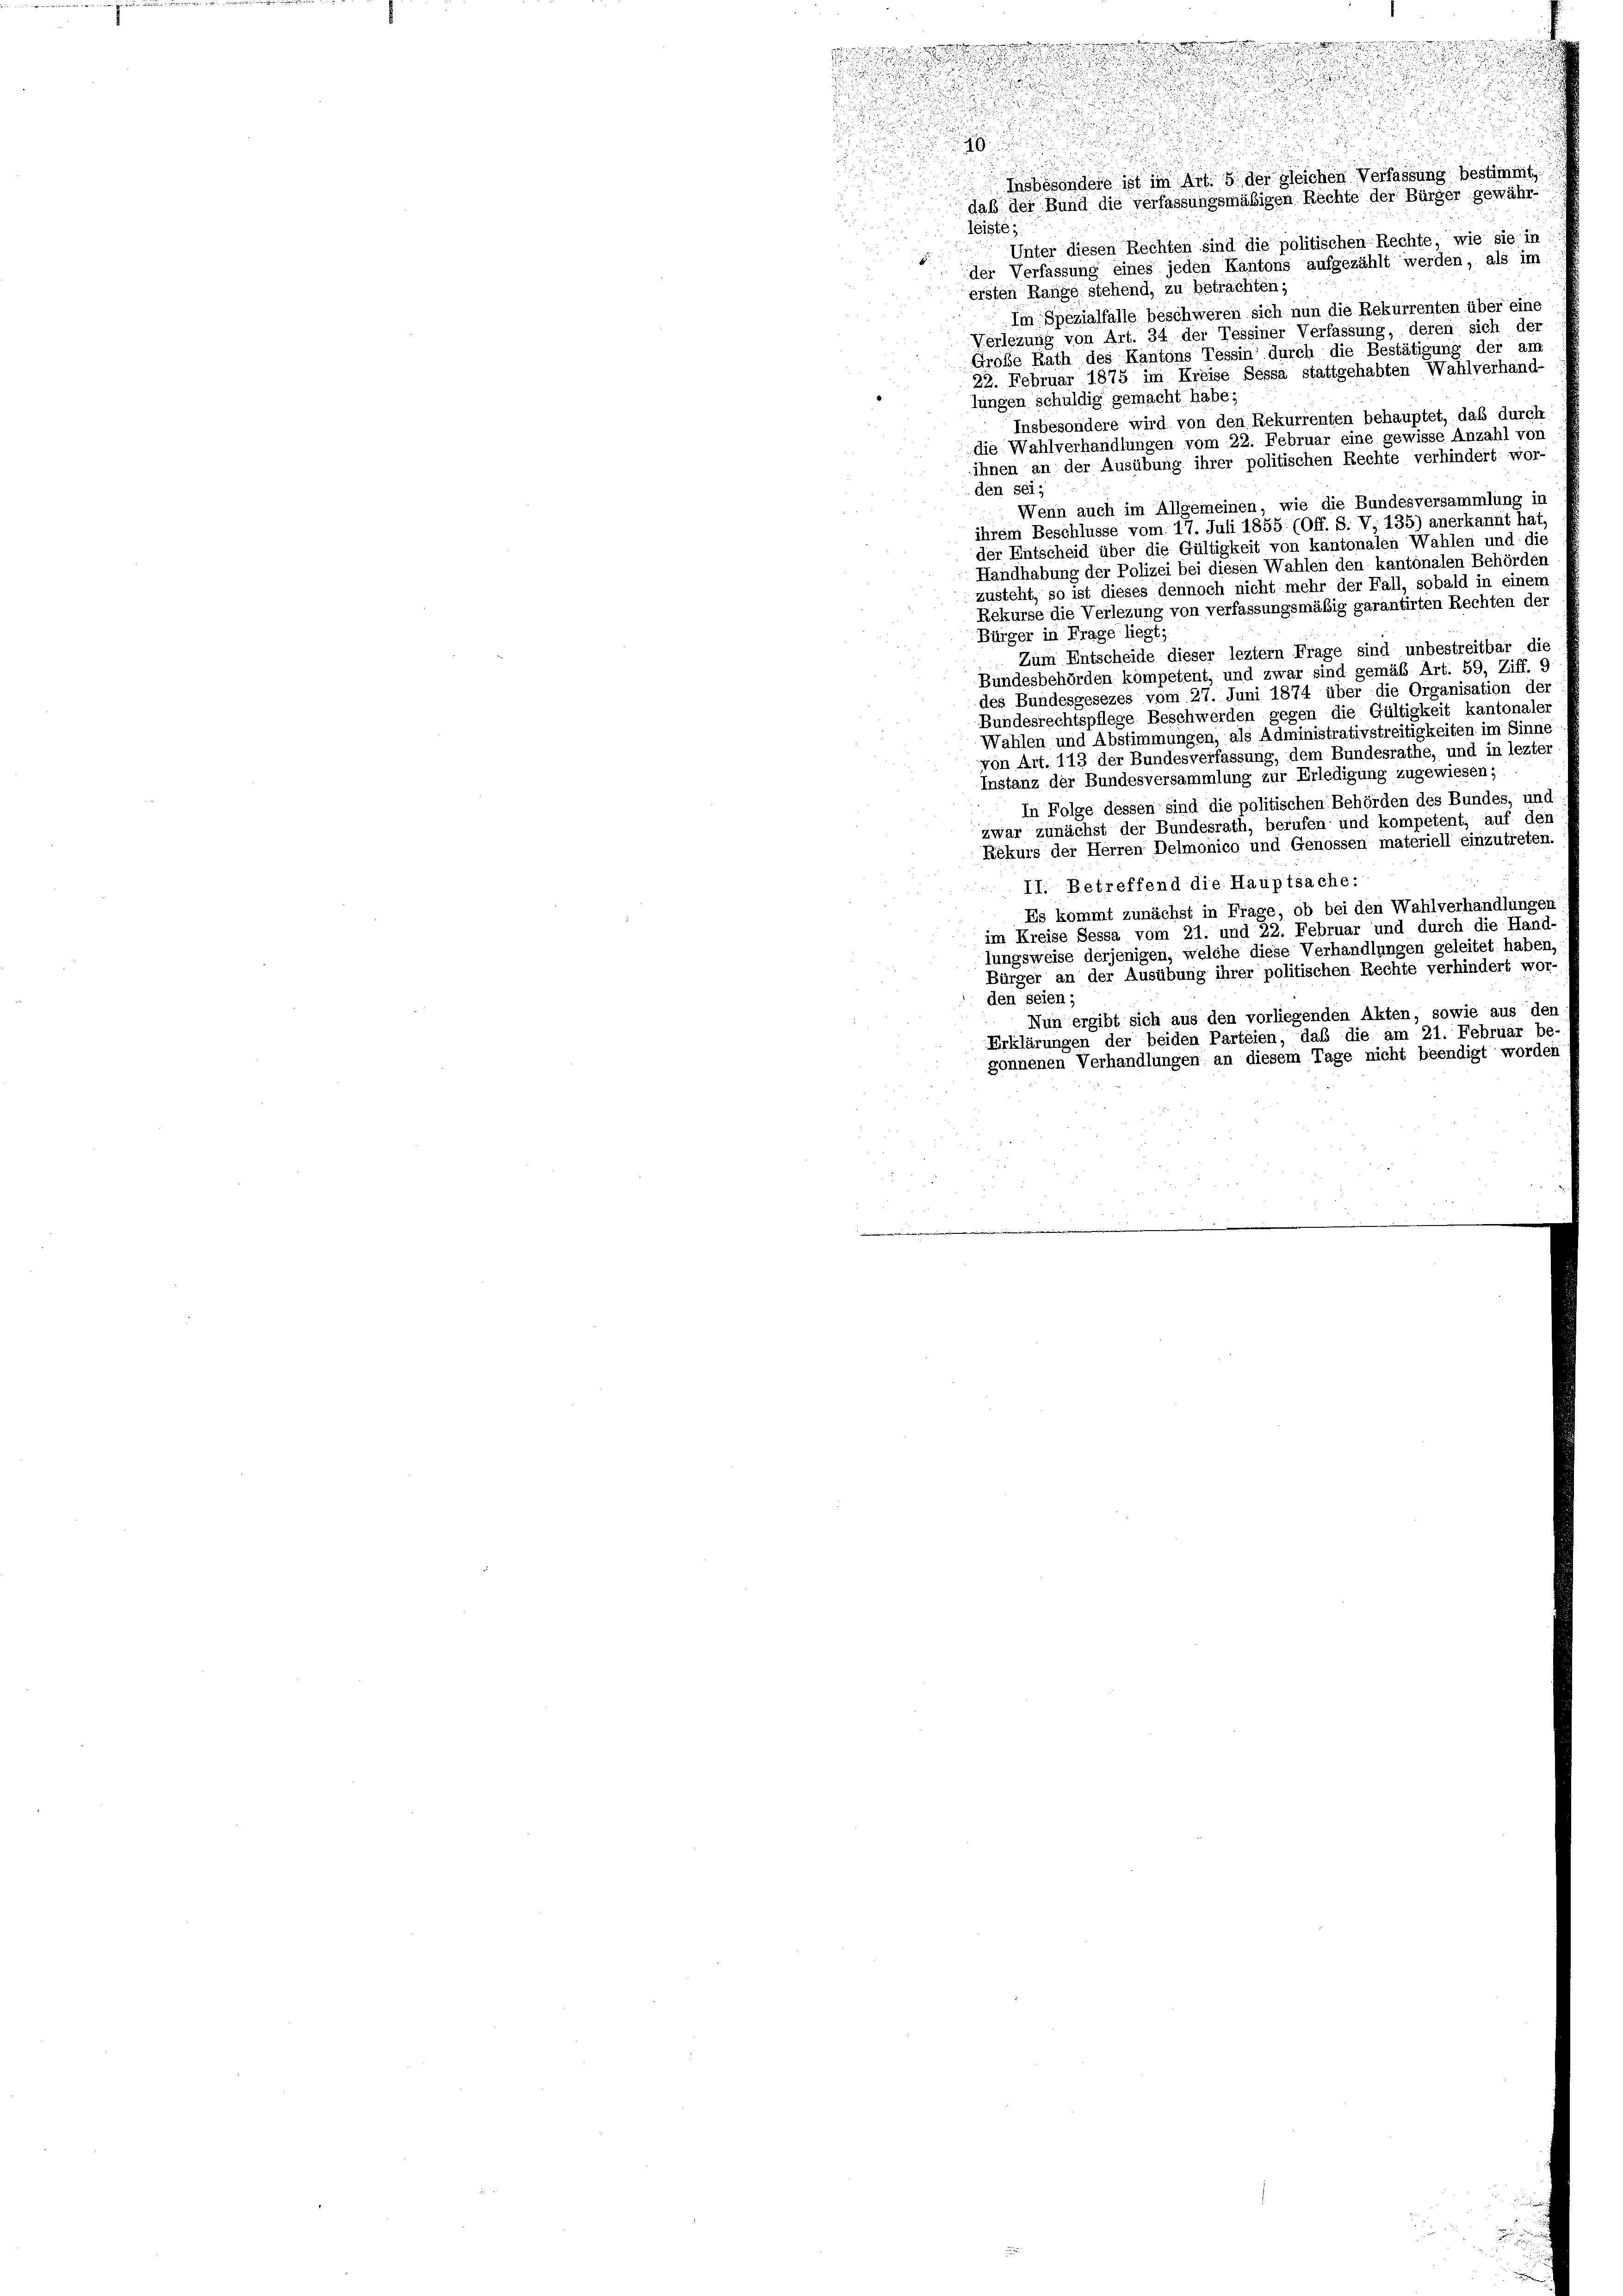
s
i

Insbesondere ist im Art. 5 der gleichen Verfassung bestimmt,
daß der Bund die verfassungsmäßigen Rechte der Bürger gewähr-
i
leiste;
Unter diesen Rechten sind die politischen Rechte, wie sie in
der Verfassung eines jeden Kantons aufgezählt werden, als im
ersten Range stehend, zu betrachten;
Im Spezialfalle beschweren sich nun die Rekurrenten über eine
Verlezung von Art. 34 der Tessiner Verfassung, deren sich der
Große Rath des Kantons Tessin durch die Bestätigung der am
22. Februar 1875 im Kreise Sessa stattgehabten Wahlverhand-
lungen schuldig gemacht habe;
Insbesondere wird von den Rekurrenten behauptet, daß durch
die Wahlverhandlungen vom 22. Februar eine gewisse Anzahl vor
ihnen an der Ausübung ihrer politischen Rechte verhindert wor-
den sei;
Wenn auch im Allgemeinen, wie die Bundesversammlung in
ihrem Beschlüsse vom 17. Juli 1855. (Off. S. V, 135) anerkannt hat,
der Entscheid über die Gültigkeit von kantonalen Wahlen und die
Handhabung der Polizei bei diesen Wahlen den kantonalen Behörden
zusteht, so ist dieses dennoch nicht mehr der Fall, sobald in einem
Rekurse die Verlezung von verfassungsmäßig garantirten Rechten der
Bürger in Frage liegt;
Zum Entscheide dieser leztem Frage sind unbestreitbar die
Bundesbehörden kompetent, und zwar sind gemäß Art. 59, Ziff. 9
des Bundesgesezes vom 27. Juni 1874 über die Organisation der
Bundesrechtspflege Beschwerden gegen die Gültigkeit kantonaler
Wahlen und Abstimmungen, als Administrativstreitigkeiten im Sinne
von Art. 113 der Bundesverfassung, dem Bundesrathe, und in lezter
Instanz der Bundesversammlung zur Erledigung zugewiesen;
In Folge dessen sind die politischen Behörden des Bundes, und
zwar zunächst der Bundesrath, berufen und kompetent, auf den
Rekurs der Herren Delmonico und Genossen materiell einzutreten.
II. Betreffend die Hauptsache:
Es kommt zunächst in Frage, ob bei den Wahlverhandlungen
im Kreise Sessa vom 21. und 22. Februar und durch die Hand-
lungsweise derjenigen, welche diese Verhandlungen geleitet haben,
Bürger an der Ausübung ihrer politischen Rechte verhindert wor-
den seien;
Nun ergibt sich aus den vorliegenden Akten, sowie aus den
Erklärungen der beiden Parteien, daß die am 21. Februar be-
gonnenen Verhandlungen an diesem Tage nicht beendigt worden